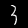
Digit: 3